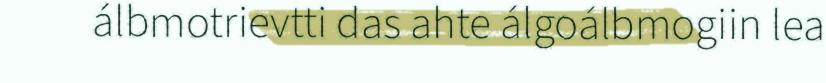
álbmotrievtti das ahte álgoálbmogiin lea